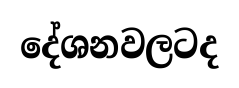
දේශනවලටද